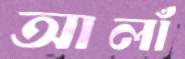
আলাঁ